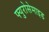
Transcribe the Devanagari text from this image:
फ्युरोसेमाइड